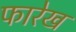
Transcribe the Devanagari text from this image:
फारेख